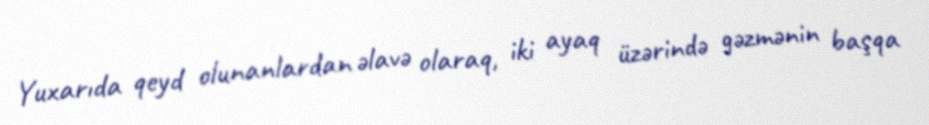
Yuxarıda qeyd olunanlardan əlavə olaraq, iki ayaq üzərində gəzmənin başqa